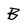
Character: B